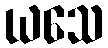
ယသေ